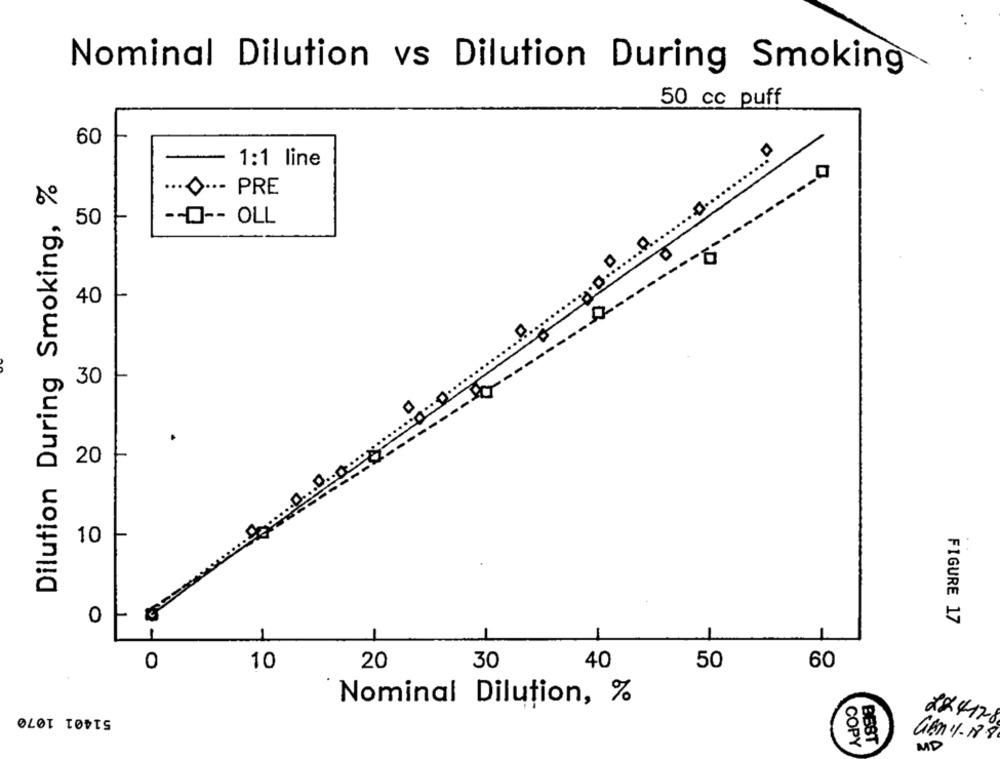
Nominal Dilution vs Dilution During Smoking
50 cc puff
60
1:1 line
Dilution During Smoking, %
.....- PRE
-- O -- OLL
50
40
.....
----
30
D
20
10
0
FIGURE 17
-
0
10
20
30
40
50
60
Nominal Dilution, %
51401 1070
224178
Gen 1-188
COPY
BEST
MD